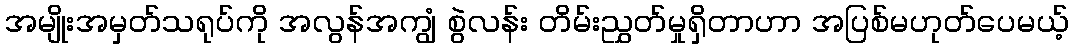
အမျိုးအမှတ်သရုပ်ကို အလွန်အကျွံ စွဲလန်း တိမ်းညွှတ်မှုရှိတာဟာ အပြစ်မဟုတ်ပေမယ့်